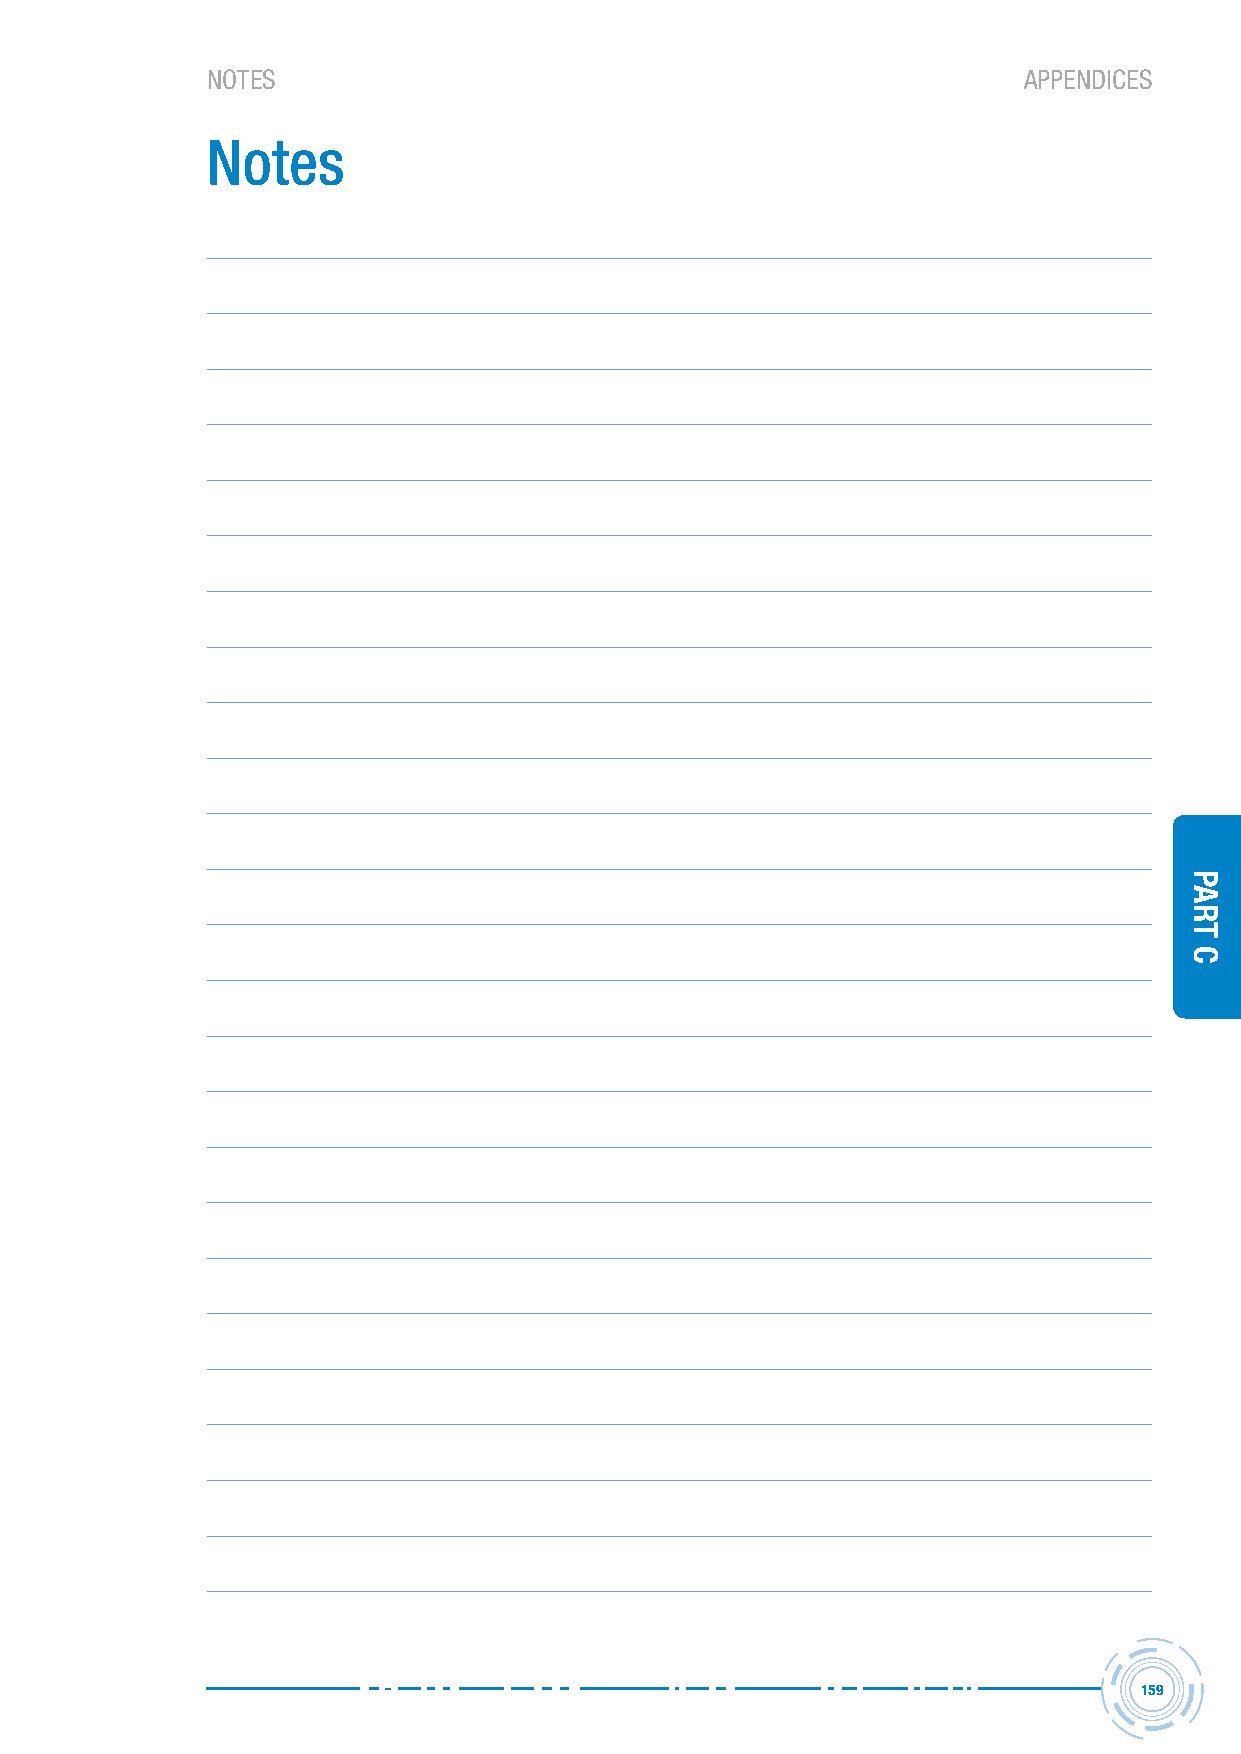
noteS                                                 APPENDICES
 notes
 159
 Part
 C